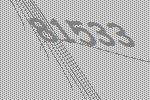
81533